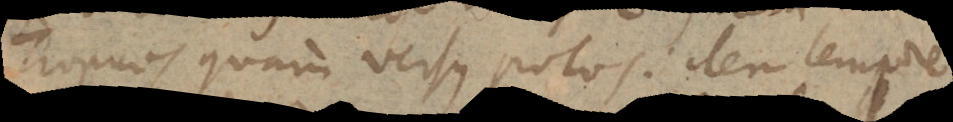
Tropicos quam versus polos, item tempore